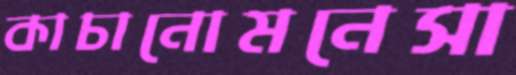
কাচানোমনেসা